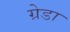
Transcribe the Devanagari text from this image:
ग्रेडा